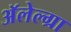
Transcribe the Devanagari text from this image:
अॅलेल्ग्रा